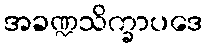
အခဏ္ဍသိက္ခာပဒေ